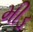
મીડ